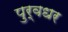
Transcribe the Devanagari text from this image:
पुर्वधर